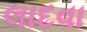
લાદવા